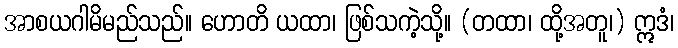
အာစယဂါမိမည်သည်။ ဟောတိ ယထာ၊ ဖြစ်သကဲ့သို့။ (တထာ၊ ထို့အတူ၊) ဣဒံ၊